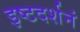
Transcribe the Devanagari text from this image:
इष्टदर्शनं